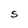
Character: S